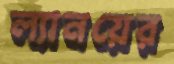
ল্যানয়ের